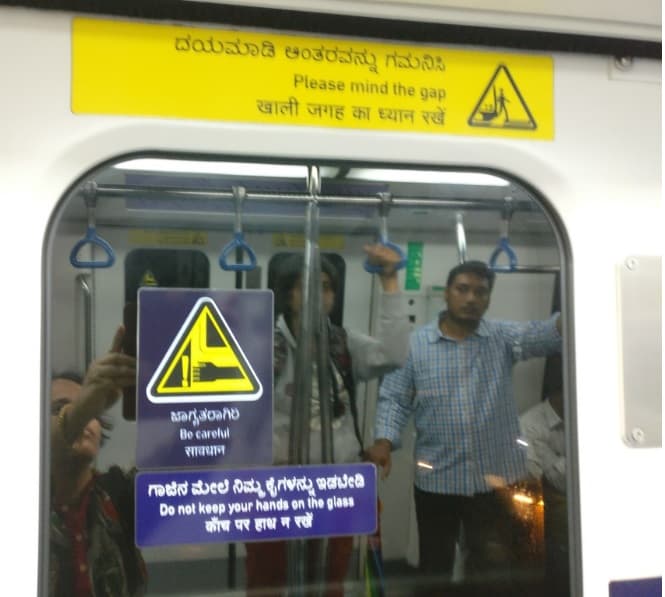
Language: kannada
Transcription: ಗಮನಿಸಿ ದಯಮಾಡಿ